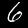
Label: 6